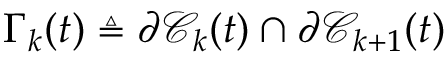
\Gamma _ { k } ( t ) \triangleq \partial \mathscr { C } _ { k } ( t ) \cap \partial \mathscr { C } _ { k + 1 } ( t )